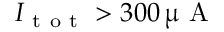
I _ { \mathrm { ~ t ~ o ~ t ~ } } > 3 0 0 \, \upmu \mathrm { ~ A ~ }